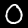
Label: 0